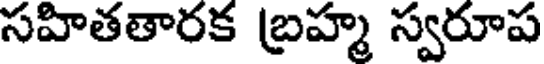
సహితతారక బ్రహ్మ స్వరూప